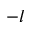
- l